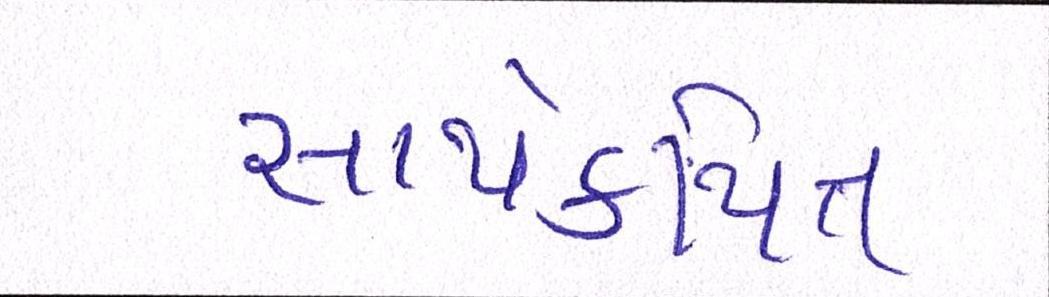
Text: સાથેકથિત